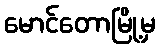
မောင်တောမြို့မှ